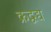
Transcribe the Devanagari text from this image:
क्रद्वद्य